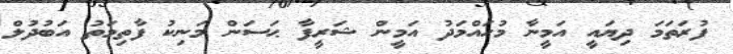
ފުރަތަމަ ދިޔައީ އަމީނާ މުހައްމަދު އަމީން ޝަރީފާ ޙަސަން މަނިކު ފާތިމަތު އަބުދުލް